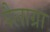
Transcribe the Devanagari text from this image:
पैलाग्रा